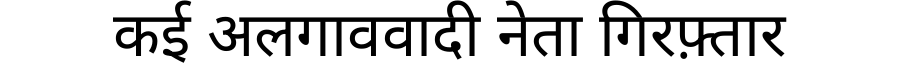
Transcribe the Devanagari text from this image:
कई अलगाववादी नेता गिरफ़्तार